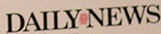
DAILYNEWS